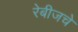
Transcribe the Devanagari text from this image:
रेबीजचे